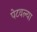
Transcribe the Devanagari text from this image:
पेटवल्या